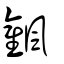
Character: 飌